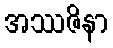
အဿဇိနာ